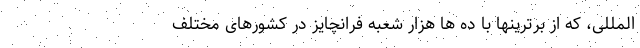
­المللی، که از برترینها با ده ها هزار شعبه فرانچایز در کشورهای مختلف